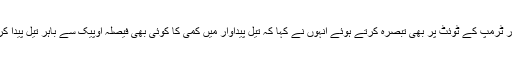
ویانا میںاوپیک کے اجلاس سے قبل امریکی صدر ٹرمپ کے ٹوئٹ پر بھی تبصرہ کرتے ہوئے انہوں نے کہا کہ تیل پیداوار میں کمی کا کوئی بھی فیصلہ اوپیک سے باہر تیل پیدا کرنے والے ممالک کی شرکت کے بغیر نہیں ہوگا۔